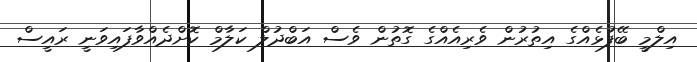
އިލްމީ ބޭފުޅެއްގެ އިތުރުން ވެރިއެއްގެ ގޮތުން ވެސް އަބްދުލް ކަލާމް ކޮށްދެއްވާފައިވަނީ ރައީސް